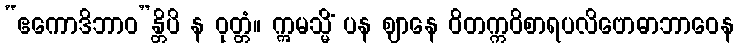
“ဧကောဒိဘာဝ”န္တိပိ န ဝုတ္တံ။ ဣမသ္မိံ ပန ဈာနေ ဝိတက္ကဝိစာရပလိဗောဓာဘာဝေန